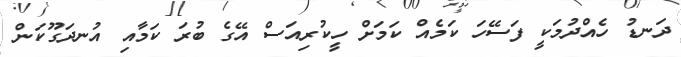
ދަނޑު ހެއްދުމަކީ ފަސޭހަ ކަމެއް ކަމަށް ހީކުރިއަސް އޭގެ ބުރަ ކަމާއި އުނދަގޫކަން